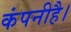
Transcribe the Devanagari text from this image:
कंपनीहै।